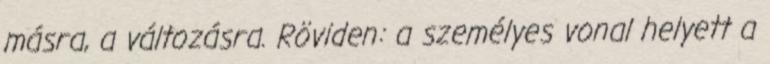
másra, a változásra. Röviden: a személyes vonal helyett a